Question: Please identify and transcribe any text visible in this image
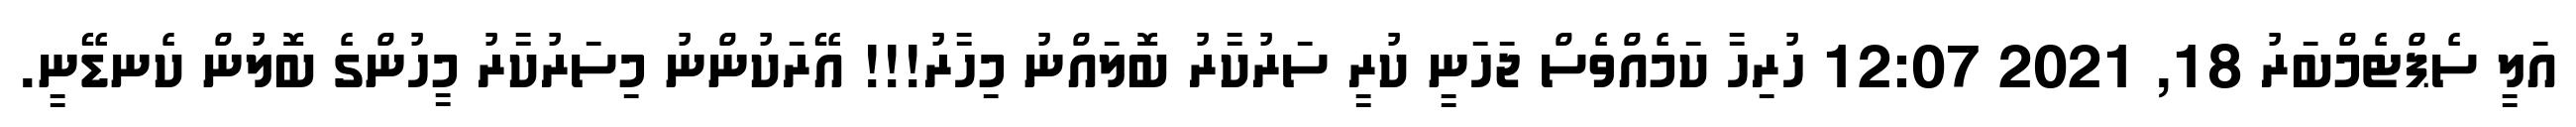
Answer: އަލީ ސެޕްޓެމްބަރު 18, 2021 12:07 ހުރިހާ ކަމެއްވެސް ޖަހަނީ ކުރީ ސަރުކާރު ބޮލައްނު މިހާރު!!! އޭރަކުންނު މިސަރުކާރު މީހުންގެ ބޮލުން ކެނޑޭނީ.